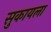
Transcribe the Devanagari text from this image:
सुकायला